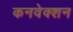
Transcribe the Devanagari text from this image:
कनवेक्शन